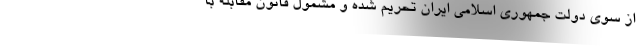
از سوی دولت جمهوری اسلامی ایران تحریم شده و مشمول قانون مقابله با